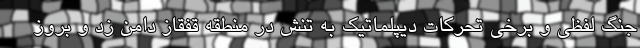
جنگ لفظی و برخی تحرکات دیپلماتیک به تنش در منطقه قفقاز دامن زد و بروز